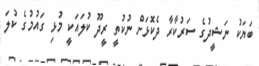
ބަޔަކު ނަޝީދުގެ ސަރުކާރާ ދެކޮޅަށް ނުކުތީ ރީދޫ ކުލައަކީ މުޅި ގައުމުގެ ކުލަ